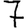
Digit: 7